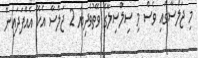
މި ޖަލްސާގައި ވެސް މި ސިލްސިލާގެ ވޭތުވެދިޔަ 2 ޖަލްސާ އެކޭ އެއްފަދައިން